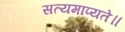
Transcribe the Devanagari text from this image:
सत्यमाप्यते॥